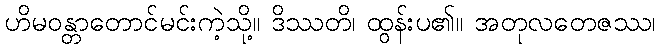
ဟိမဝန္တာတောင်မင်းကဲ့သို့။ ဒိဿတိ၊ ထွန်းပ၏။ အတုလတေဇဿ၊